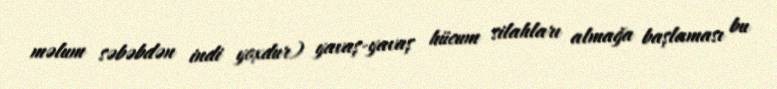
məlum səbəbdən indi yoxdur) yavaş-yavaş hücum silahları almağa başlaması bu